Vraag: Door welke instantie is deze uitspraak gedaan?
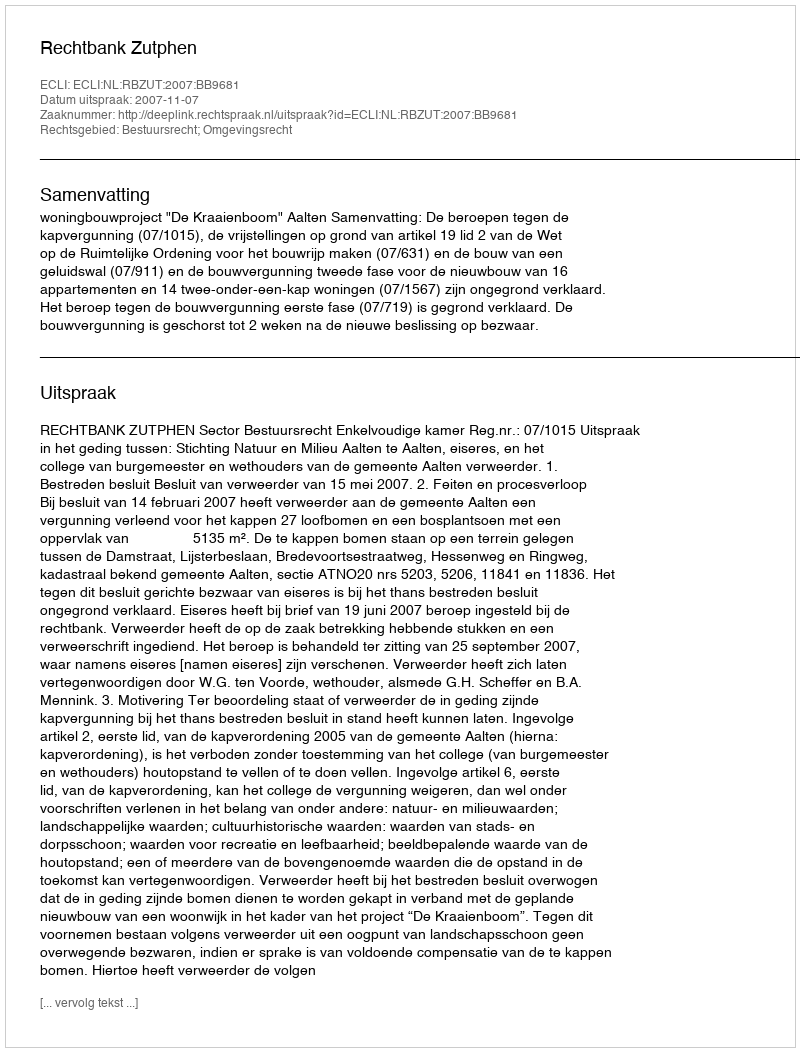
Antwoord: Rechtbank Zutphen